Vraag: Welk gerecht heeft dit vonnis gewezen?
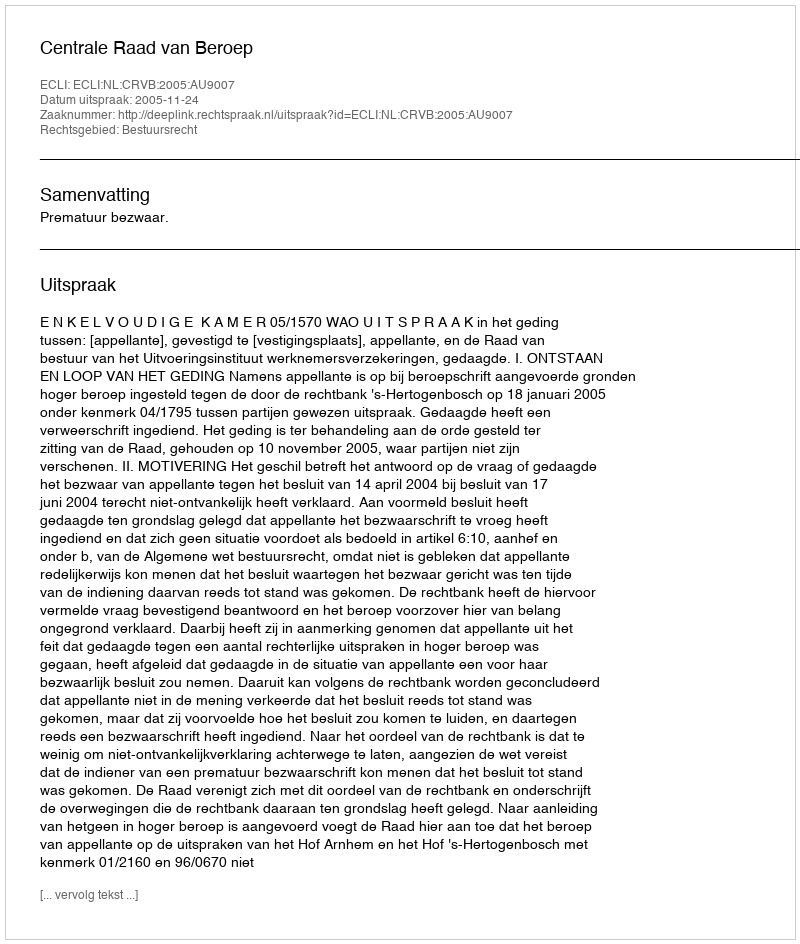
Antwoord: Centrale Raad van Beroep